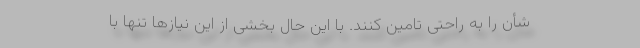
شأن را به راحتی تامین کنند. با این حال بخشی از این نیازها تنها با